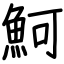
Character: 魺